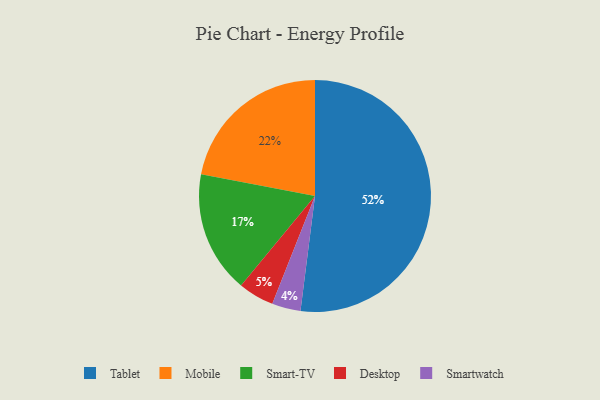
{"axis": {"x": "Category", "y": "Percentage"}, "legend": ["Desktop", "Mobile", "Smart-TV", "Smartwatch", "Tablet"], "data": [{"x": "Tablet", "y": 52, "type": "Tablet"}, {"x": "Desktop", "y": 5, "type": "Desktop"}, {"x": "Mobile", "y": 22, "type": "Mobile"}, {"x": "Smart-TV", "y": 17, "type": "Smart-TV"}, {"x": "Smartwatch", "y": 4, "type": "Smartwatch"}]}